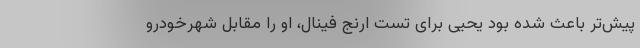
پیش‌تر باعث شده بود یحیی برای تست ارنج فینال، او را مقابل شهرخودرو